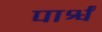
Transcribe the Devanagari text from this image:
पार्श्वं